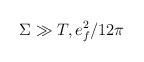
LaTeX: \begin{align*}\Sigma \gg T, e_{f}^2 / 12 \pi\end{align*}